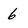
Character: 6